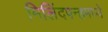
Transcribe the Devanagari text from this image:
मिलिंदपन्हमध्ये